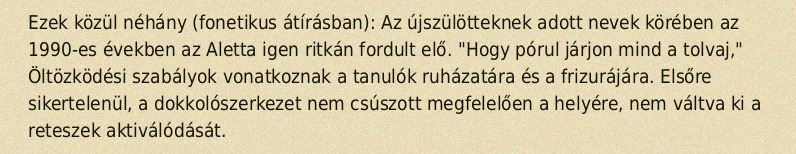
Ezek közül néhány (fonetikus átírásban): Az újszülötteknek adott nevek körében az 1990-es években az Aletta igen ritkán fordult elő. "Hogy pórul járjon mind a tolvaj," Öltözködési szabályok vonatkoznak a tanulók ruházatára és a frizurájára. Elsőre sikertelenül, a dokkolószerkezet nem csúszott megfelelően a helyére, nem váltva ki a reteszek aktiválódását.